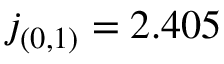
j _ { ( 0 , 1 ) } = 2 . 4 0 5